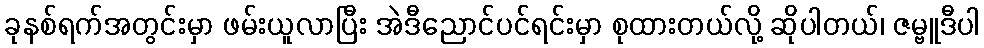
ခုနစ်ရက်အတွင်းမှာ ဖမ်းယူလာပြီး အဲဒီညောင်ပင်ရင်းမှာ စုထားတယ်လို့ ဆိုပါတယ်၊ ဇမ္ဗူဒီပါ